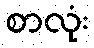
စာလုံး